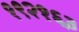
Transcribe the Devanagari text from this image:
१९२१६३